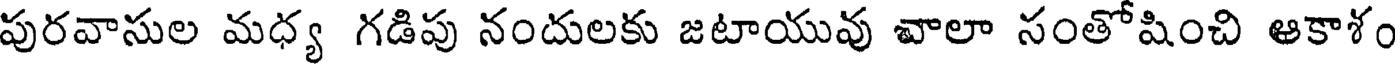
పురవాసుల మధ్య గడిపు నందులకు జటాయువు వాలా సంతోషించి ఆకాశం